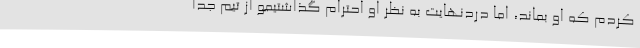
کردم که او بماند، اما دردنهایت به نظر او احترام گذاشتیمو از تیم جدا